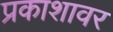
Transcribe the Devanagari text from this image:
प्रकाशावर